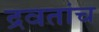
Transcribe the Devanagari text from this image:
द्रवतांच